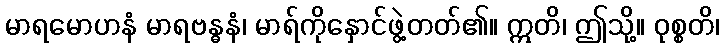
မာရမောဟနံ မာရဗန္ဓနံ၊ မာရ်ကိုနှောင်ဖွဲ့တတ်၏။ ဣတိ၊ ဤသို့။ ဝုစ္စတိ၊